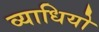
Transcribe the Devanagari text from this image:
व्याधियो